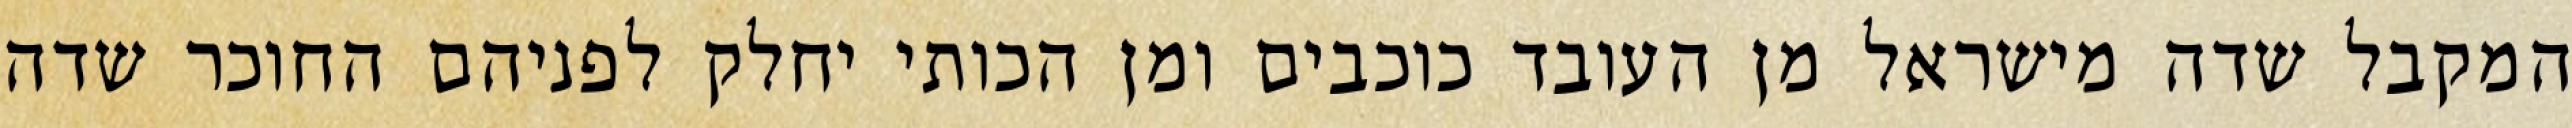
המקבל שדה מישראל מן העובד כוכבים ומן הכותי יחלק לפניהם החוכר שדה